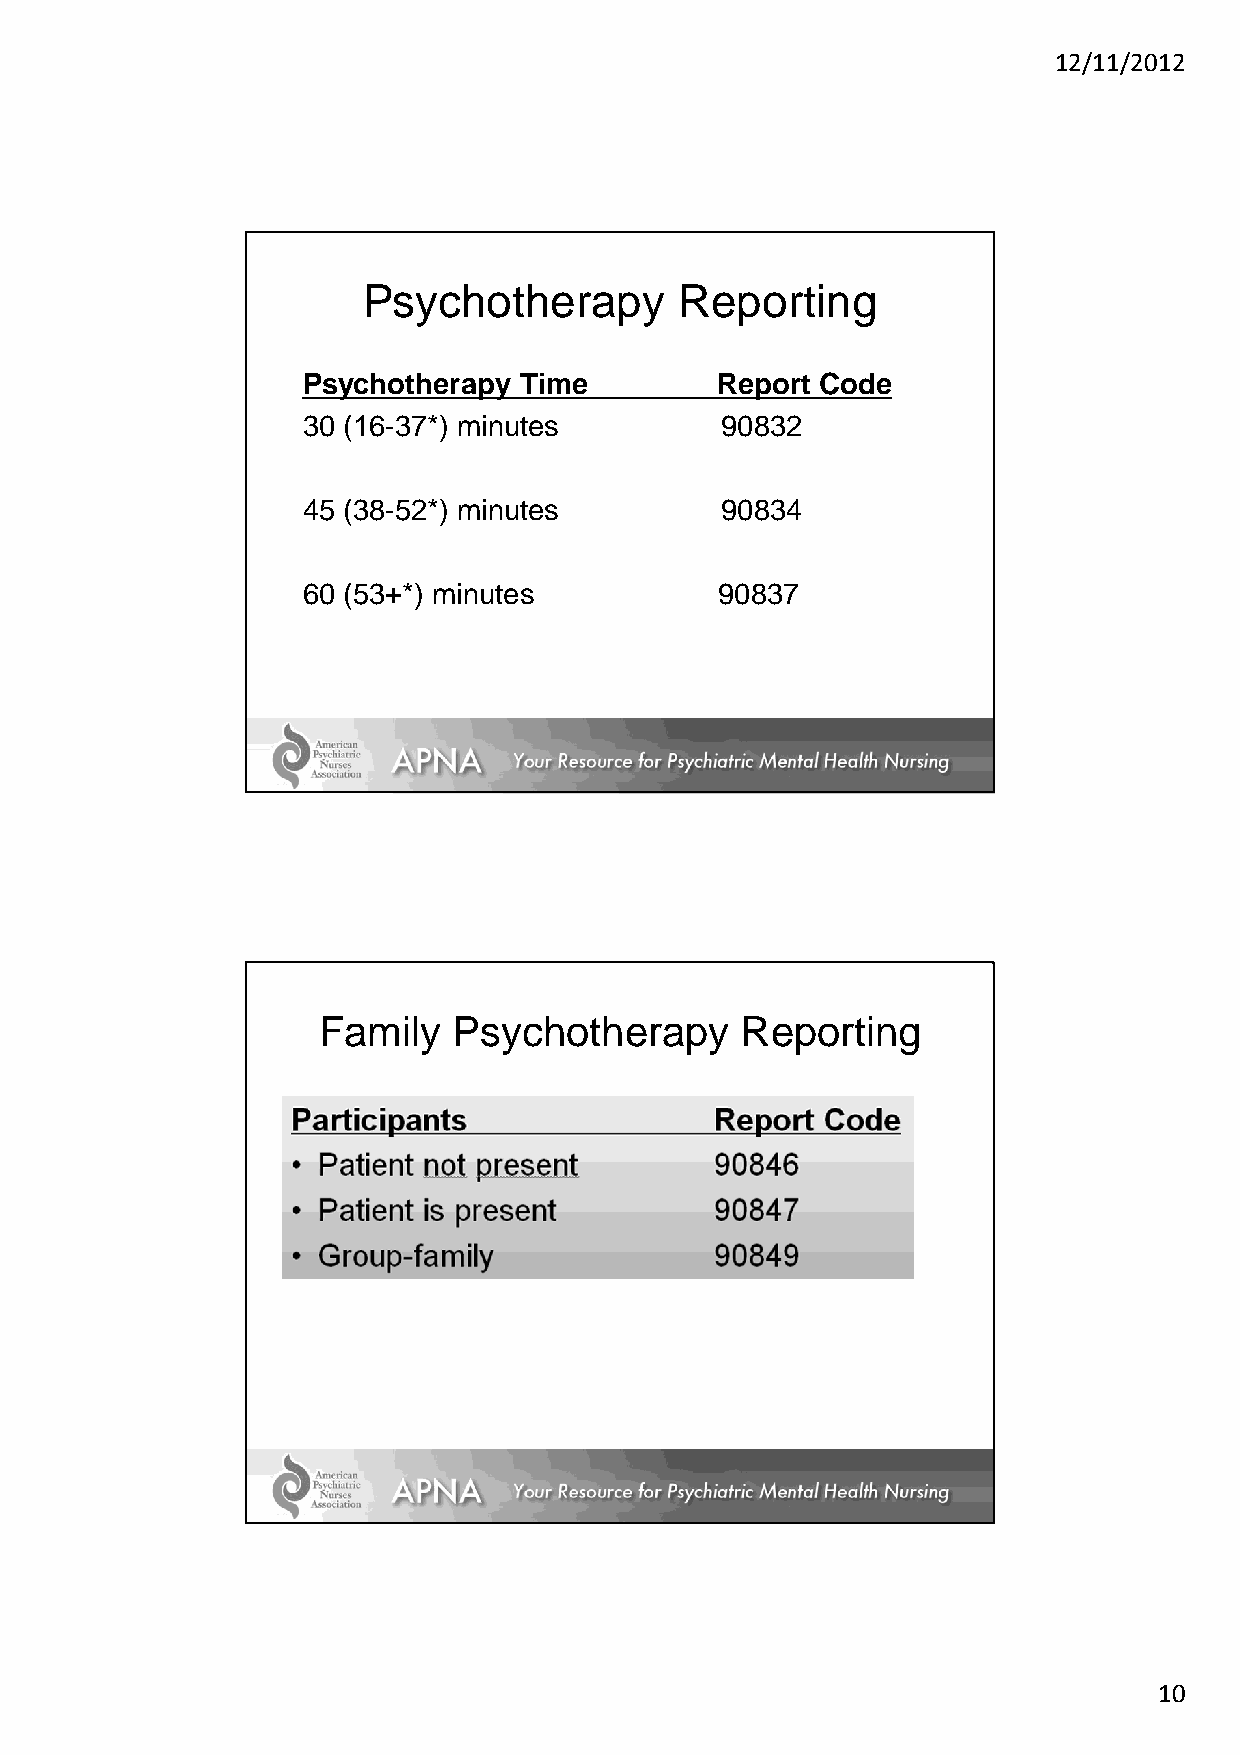
12/11/2012
 Psychotherapy        Reporting
 Psychotherapy Time          Report Code
 30 (16-37*) minutes         90832
 45 (38-52*) minutes         90834
 60 (53+*) minutes           90837
 Family   Psychotherapy      Reporting
 10